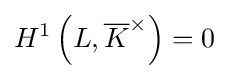
H^{1}\left(L,{\overline {K}}^{\times }\right)=0